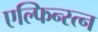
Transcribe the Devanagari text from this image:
एल्फिन्स्त्न